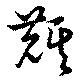
麒